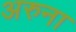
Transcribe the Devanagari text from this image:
अरुना